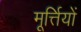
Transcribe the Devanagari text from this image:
मूर्त्तियों